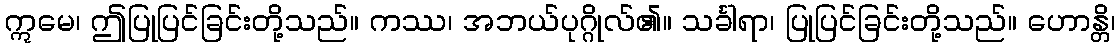
ဣမေ၊ ဤပြုပြင်ခြင်းတို့သည်။ ကဿ၊ အဘယ်ပုဂ္ဂိုလ်၏။ သင်္ခါရာ၊ ပြုပြင်ခြင်းတို့သည်။ ဟောန္တိ၊